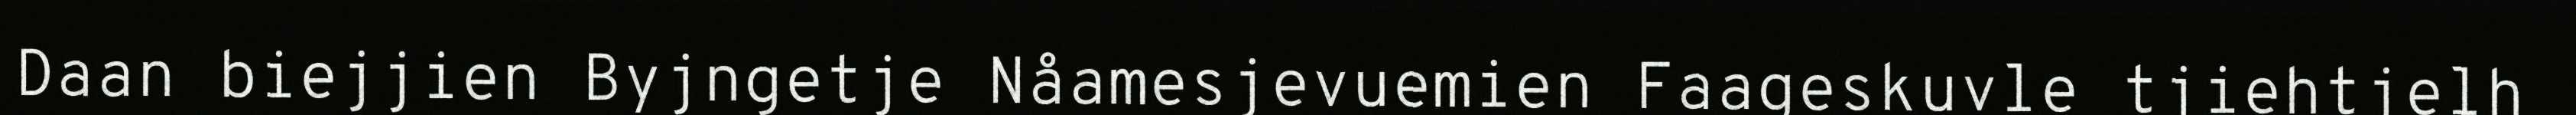
Daan biejjien Byjngetje Nåamesjevuemien Faageskuvle tjiehtjelh